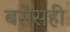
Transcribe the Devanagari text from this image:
बसेसही